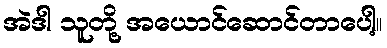
အဲဒါ သူတို့ အယောင်ဆောင်တာပေါ့။